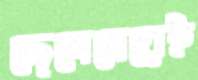
ছেলেমেয়েই